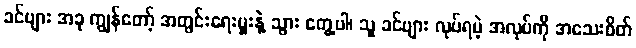
ခင်ဗျား အခု ကျွန်တော့် အတွင်းရေးမှူးနဲ့ သွား တွေ့ပါ၊ သူ ခင်ဗျား လုပ်ရမဲ့ အလုပ်ကို အသေးစိတ်